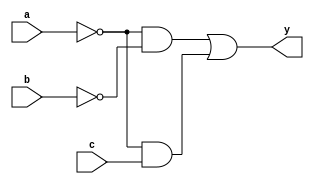
module combinational_logic_block (
    input wire a,    // Input variable A
    input wire b,    // Input variable B
    input wire c,    // Input variable C
    output wire y    // Output of the combinational logic
);

// Internal signals for the essential prime implicants
wire p1, p2, p3, p4;

// Prime Implicant Definitions
// For example, let's assume we identified the following prime implicants:
// 1. p1 = A'B'        (covers minterm 0)
// 2. p2 = A'C        (covers minterms 2 and 3)
// 3. p3 = AB'         (covers minterms 4 and 5)
// 4. p4 = ABC         (covers minterm 7)

// Implementing the prime implicants
assign p1 = ~a & ~b;    // A'B'
assign p2 = ~a & c;     // A'C
assign p3 = a & ~b;     // AB'
assign p4 = a & b & c;  // ABC

// Essential Prime Implicants Selection
// Let's assume, for simplification, that p1 and p2 are the essential prime implicants
// The output logic will be formulated from the essential prime implicants
assign y = p1 | p2; // y = A'B' + A'C

endmodule